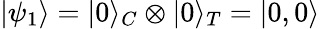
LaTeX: \left|\psi_{1}\right\rangle=|0\rangle_{C}\otimes|0\rangle_{T}=|0,0\rangle